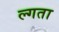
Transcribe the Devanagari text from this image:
ल्गता